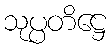
သုပ္ပတိဋ္ဌေ